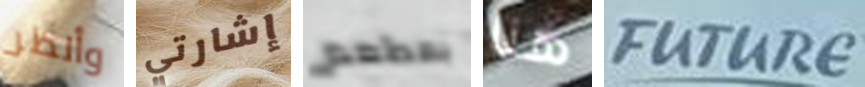
وأنظر إشارتي بمطعم هنا FUTURE